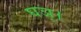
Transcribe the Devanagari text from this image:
घञ्।